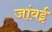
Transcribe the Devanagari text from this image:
जांवई